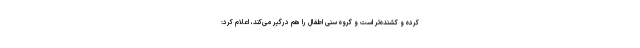
کرده و کشنده‌تر است و گروه سنی اطفال را هم درگیر می‌کند، اعلام کرد: